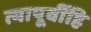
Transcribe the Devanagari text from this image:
त्यापूर्वीहि